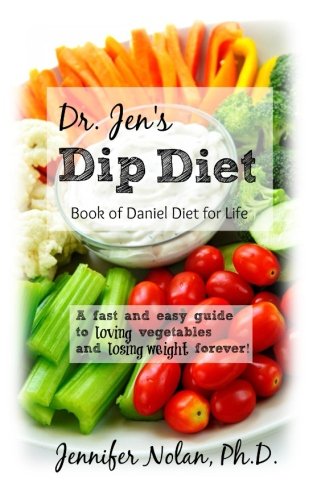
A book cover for Dr. Jen's Dip Diet: Book of Daniel Diet for Life: A fast and easy guide to loving vegetables and losing weight forever.; Dr. Jennifer Nolan Ph.D.; Health, Fitness & Dieting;